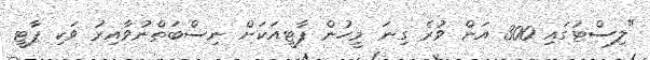
"ލިސްޓުގައި 300 އަށް ވުރެ ގިނަ މީހުން ޕާޓީއަކަށް ނިސްބަތްނުވާއިރު ވަކި ޕާޓީ